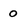
Character: 0